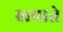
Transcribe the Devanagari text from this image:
खपाते